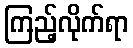
ကြည့်လိုက်ရာ